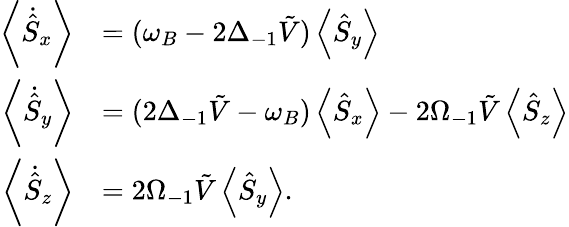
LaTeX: \begin{array}{rl}{\left\langle\dot{\hat{S}}_{x}\right\rangle}&{=(\omega_{B}-2\Delta_{-1}\tilde{V})\left\langle\hat{S}_{y}\right\rangle}\\ {\left\langle\dot{\hat{S}}_{y}\right\rangle}&{=(2\Delta_{-1}\tilde{V}-\omega_{B})\left\langle\hat{S}_{x}\right\rangle-2\Omega_{-1}\tilde{V}\left\langle\hat{S}_{z}\right\rangle}\\ {\left\langle\dot{\hat{S}}_{z}\right\rangle}&{=2\Omega_{-1}\tilde{V}\left\langle\hat{S}_{y}\right\rangle.}\end{array}